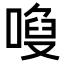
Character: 𠻍